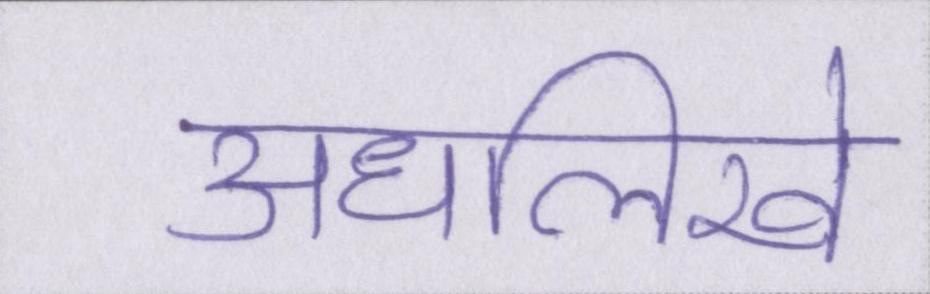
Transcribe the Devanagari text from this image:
अधलिखे